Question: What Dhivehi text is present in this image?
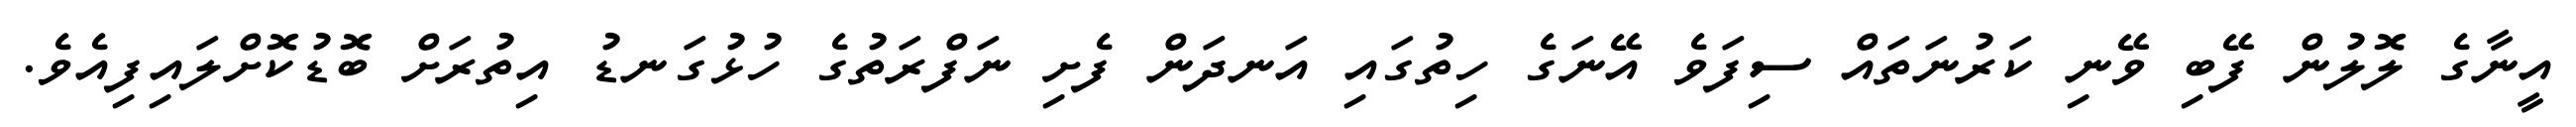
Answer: އީނާގެ ލޮލުން ފޭބި ވޭނި ކަރުނަތައް ސިފަވެ އޭނަގެ ހިތުގައި އަނދަން ފެށި ނަފްރަތުގެ ހުޅުގަނޑު އިތުރަށް ބޮޑުކޮށްލައިފިއެވެ.